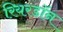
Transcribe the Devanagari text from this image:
रियरडॉन